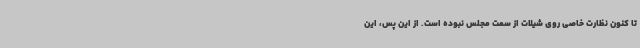
تا کنون نظارت خاصی روی شیلات از سمت مجلس نبوده است. از این پس، این